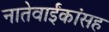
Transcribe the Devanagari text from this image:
नातेवाईंकांंसह